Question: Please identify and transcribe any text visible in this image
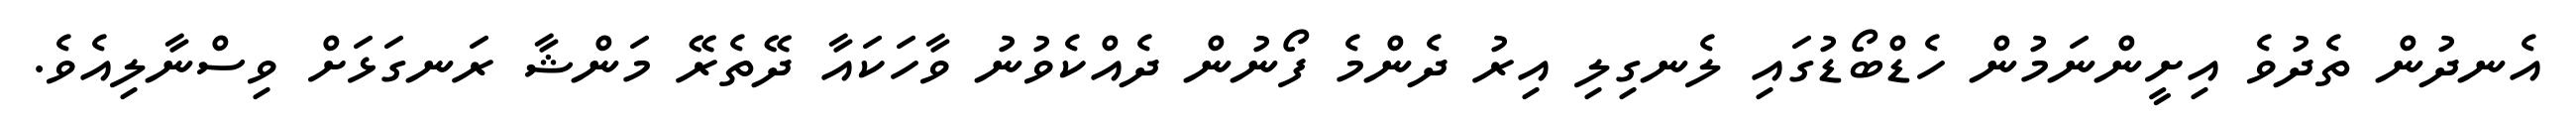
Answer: އެނދުން ތެދުވެ އިށީންނަމުން ހެޑްބޯޑުގައި ލެނގިލި އިރު ދެންމެ ފޯނުން ދެއްކެވުނު ވާހަކައާ ދޭތެރޭ މަންޝާ ރަނގަޅަށް ވިސްނާލިއެވެ.